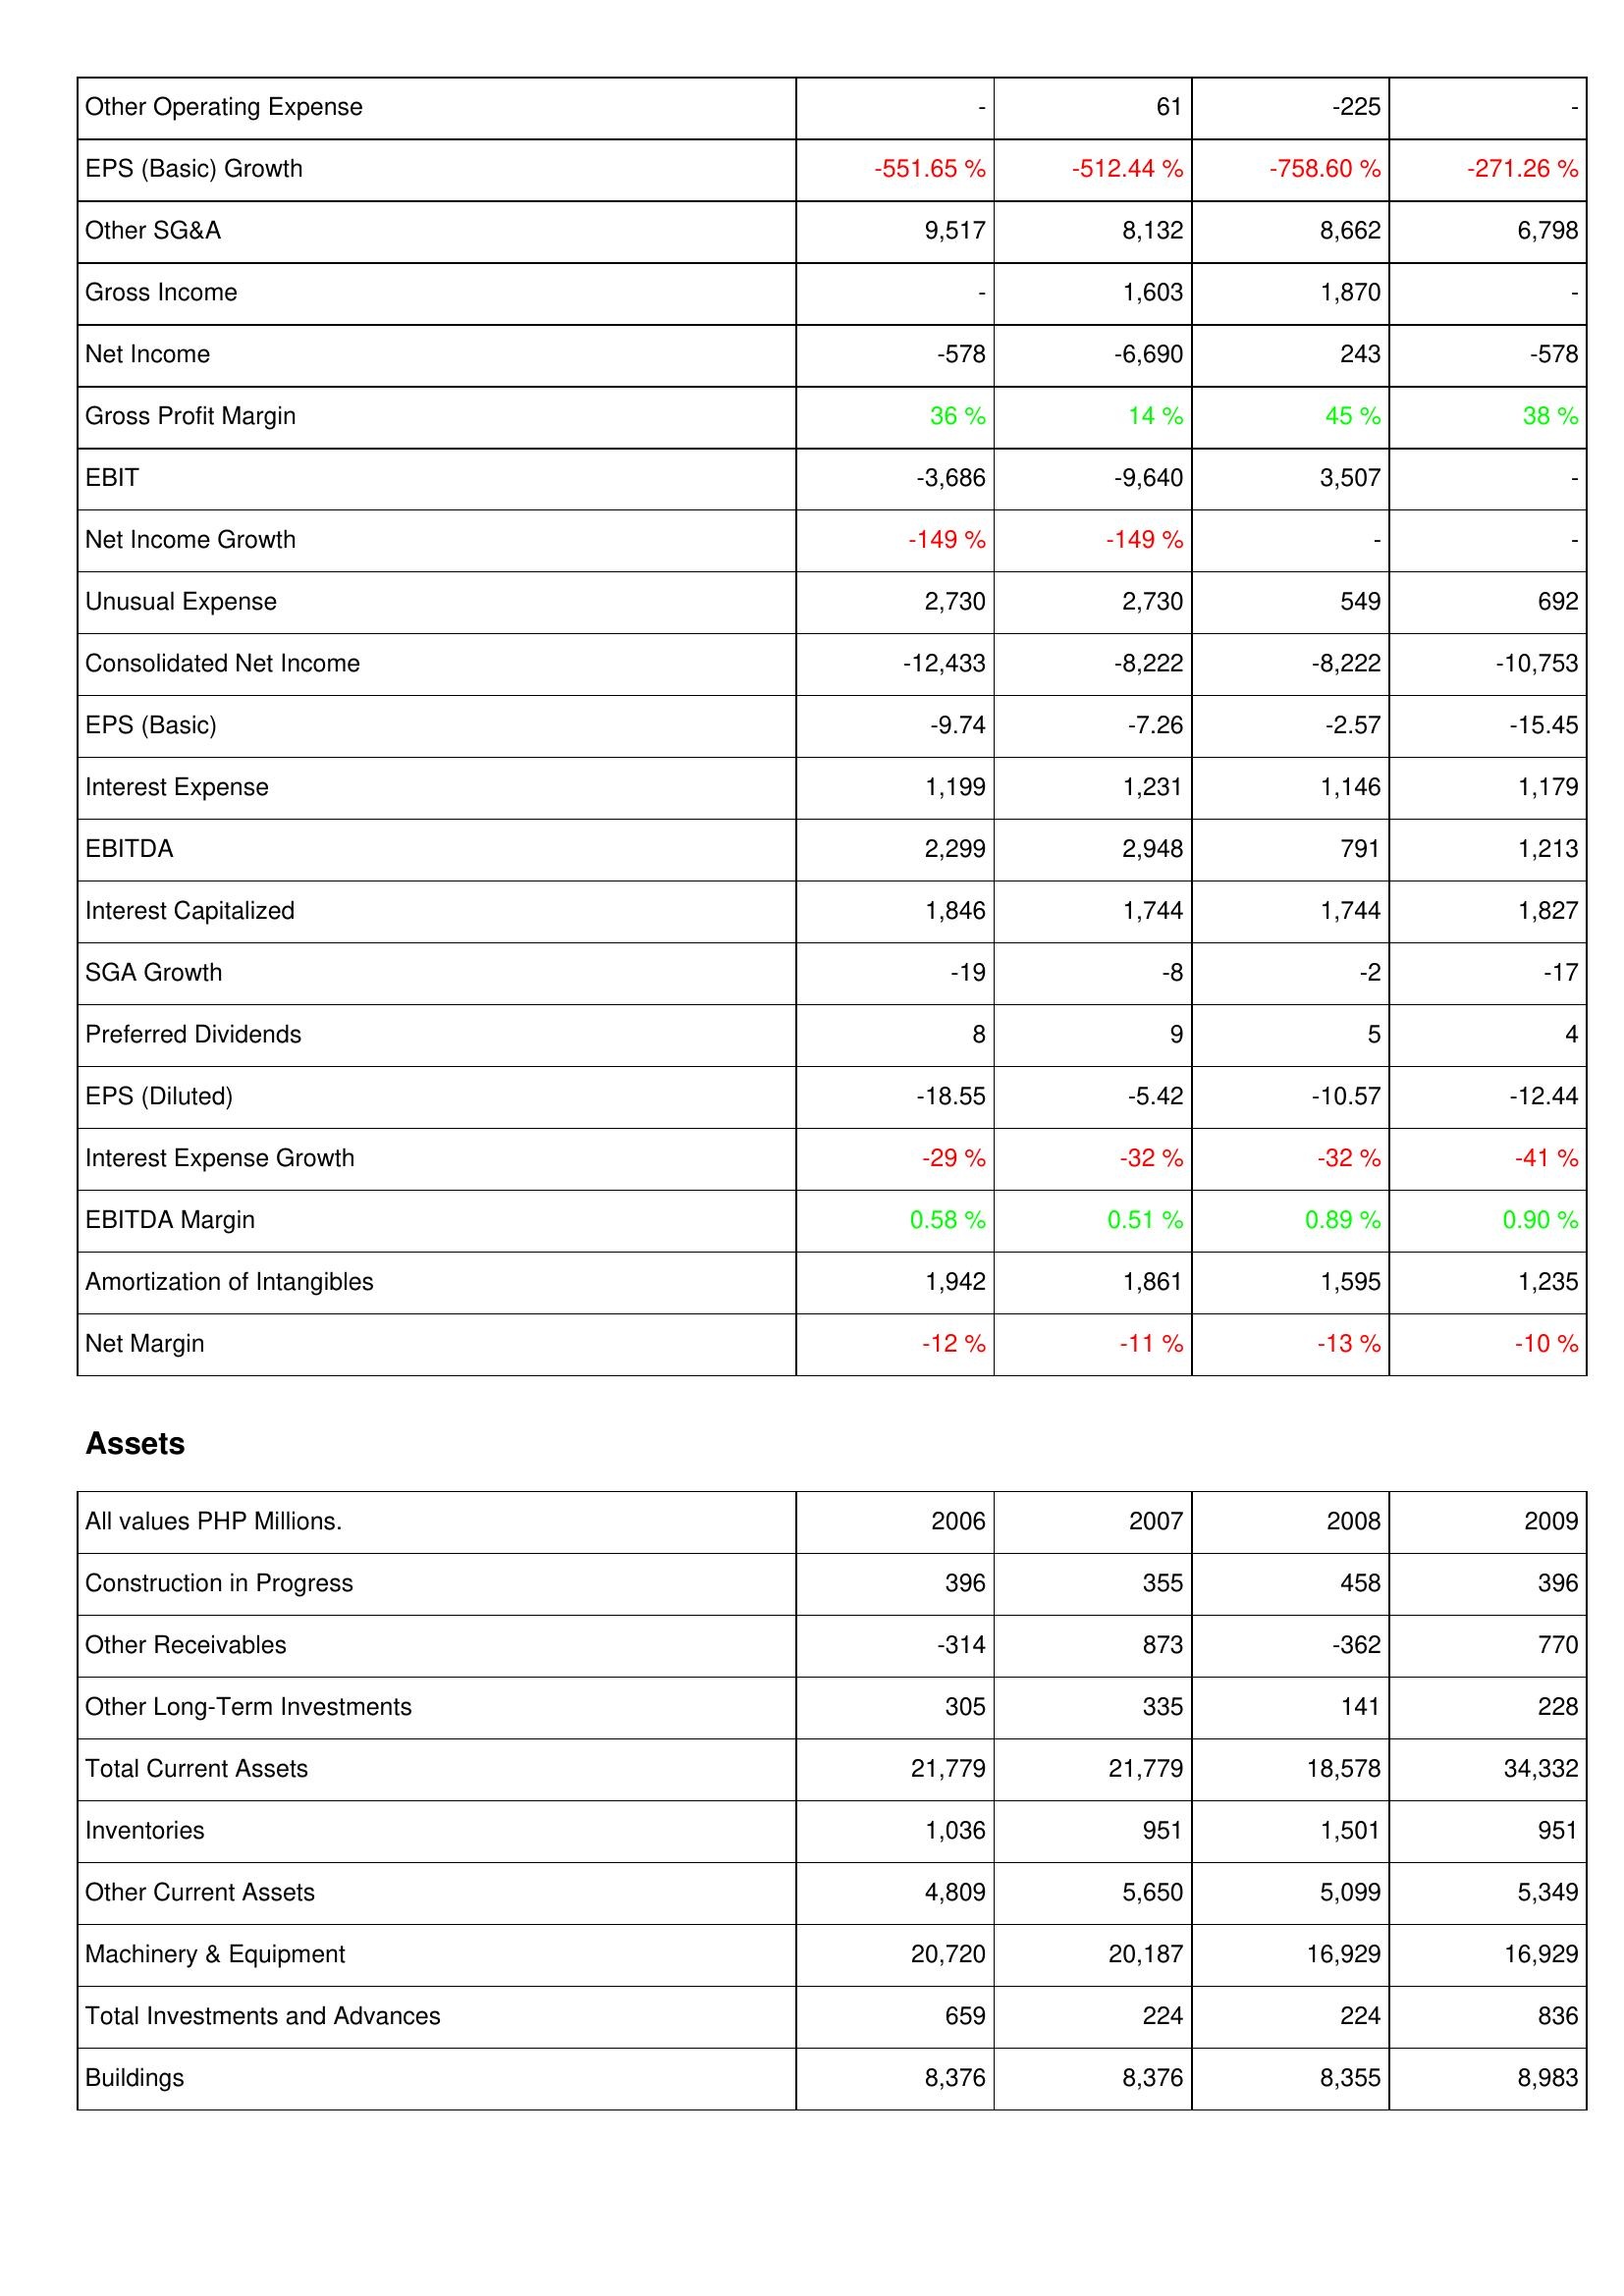
2006: Income Statement: Other Operating Expense: -
EPS (Basic) Growth: -551.65 %
Other SG&A: 9,517
Gross Income: -
Net Income: -578
Gross Profit Margin: 36 %
EBIT: -3,686
Net Income Growth: -149 %
Unusual Expense: 2,730
Consolidated Net Income: -12,433
EPS (Basic): -9.74
Interest Expense: 1,199
EBITDA: 2,299
Interest Capitalized: 1,846
SGA Growth: -19
Preferred Dividends: 8
EPS (Diluted): -18.55
Interest Expense Growth: -29 %
EBITDA Margin: 0.58 %
Amortization of Intangibles: 1,942
Net Margin: -12 %
Assets: Construction in Progress: 396
Other Receivables: -314
Other Long-Term Investments: 305
Total Current Assets: 21,779
Inventories: 1,036
Other Current Assets: 4,809
Machinery & Equipment: 20,720
Total Investments and Advances: 659
Buildings: 8,376
2007: Income Statement: Other Operating Expense: 61
EPS (Basic) Growth: -512.44 %
Other SG&A: 8,132
Gross Income: 1,603
Net Income: -6,690
Gross Profit Margin: 14 %
EBIT: -9,640
Net Income Growth: -149 %
Unusual Expense: 2,730
Consolidated Net Income: -8,222
EPS (Basic): -7.26
Interest Expense: 1,231
EBITDA: 2,948
Interest Capitalized: 1,744
SGA Growth: -8
Preferred Dividends: 9
EPS (Diluted): -5.42
Interest Expense Growth: -32 %
EBITDA Margin: 0.51 %
Amortization of Intangibles: 1,861
Net Margin: -11 %
Assets: Construction in Progress: 355
Other Receivables: 873
Other Long-Term Investments: 335
Total Current Assets: 21,779
Inventories: 951
Other Current Assets: 5,650
Machinery & Equipment: 20,187
Total Investments and Advances: 224
Buildings: 8,376
2008: Income Statement: Other Operating Expense: -225
EPS (Basic) Growth: -758.60 %
Other SG&A: 8,662
Gross Income: 1,870
Net Income: 243
Gross Profit Margin: 45 %
EBIT: 3,507
Net Income Growth: -
Unusual Expense: 549
Consolidated Net Income: -8,222
EPS (Basic): -2.57
Interest Expense: 1,146
EBITDA: 791
Interest Capitalized: 1,744
SGA Growth: -2
Preferred Dividends: 5
EPS (Diluted): -10.57
Interest Expense Growth: -32 %
EBITDA Margin: 0.89 %
Amortization of Intangibles: 1,595
Net Margin: -13 %
Assets: Construction in Progress: 458
Other Receivables: -362
Other Long-Term Investments: 141
Total Current Assets: 18,578
Inventories: 1,501
Other Current Assets: 5,099
Machinery & Equipment: 16,929
Total Investments and Advances: 224
Buildings: 8,355
2009: Income Statement: Other Operating Expense: -
EPS (Basic) Growth: -271.26 %
Other SG&A: 6,798
Gross Income: -
Net Income: -578
Gross Profit Margin: 38 %
EBIT: -
Net Income Growth: -
Unusual Expense: 692
Consolidated Net Income: -10,753
EPS (Basic): -15.45
Interest Expense: 1,179
EBITDA: 1,213
Interest Capitalized: 1,827
SGA Growth: -17
Preferred Dividends: 4
EPS (Diluted): -12.44
Interest Expense Growth: -41 %
EBITDA Margin: 0.90 %
Amortization of Intangibles: 1,235
Net Margin: -10 %
Assets: Construction in Progress: 396
Other Receivables: 770
Other Long-Term Investments: 228
Total Current Assets: 34,332
Inventories: 951
Other Current Assets: 5,349
Machinery & Equipment: 16,929
Total Investments and Advances: 836
Buildings: 8,983